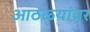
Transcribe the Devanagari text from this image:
आठळ्यांवर